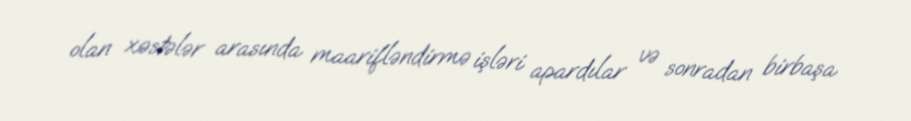
olan xəstələr arasında maarifləndirmə işləri apardılar və sonradan birbaşa